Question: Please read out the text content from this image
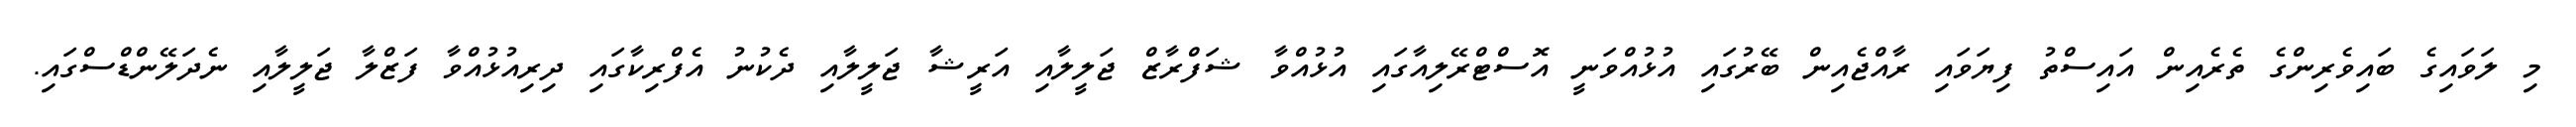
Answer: މި ލަވައިގެ ބައިވެރިންގެ ތެރެއިން އައިސްތު ފިޔަވައި ރާއްޖެއިން ބޭރުގައި އުޅުއްވަނީ އޮސްޓްރޭލިއާގައި އުޅުއްވާ ޝަފްރާޒް ޖަލީލާއި އަރީޝާ ޖަލީލާއި ދެކުނު އެފްރިކާގައި ދިރިއުޅުއްވާ ފަޒްލާ ޖަލީލާއި ނެދަލޭންޑްސްގައި.